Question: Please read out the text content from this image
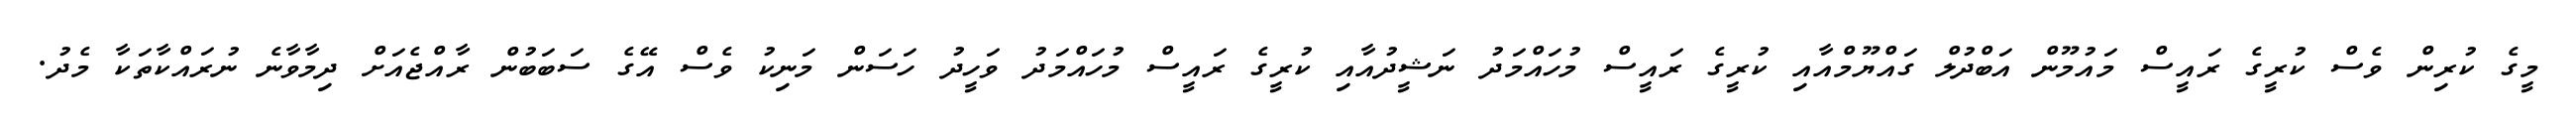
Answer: މީގެ ކުރިން ވެސް ކުރީގެ ރައީސް މައުމޫން އަބްދުލް ގައްޔޫމްއާއި ކުރީގެ ރައީސް މުހައްމަދު ނަޝީދުއާއި ކުރީގެ ރައީސް މުހައްމަދު ވަހީދު ހަސަން މަނިކު ވެސް އޭގެ ސަބަބުން ރާއްޖެއަށް ދިމާވާނެ ނުރައްކާތަކާ މެދު.